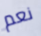
نعم